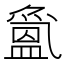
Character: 𱲖